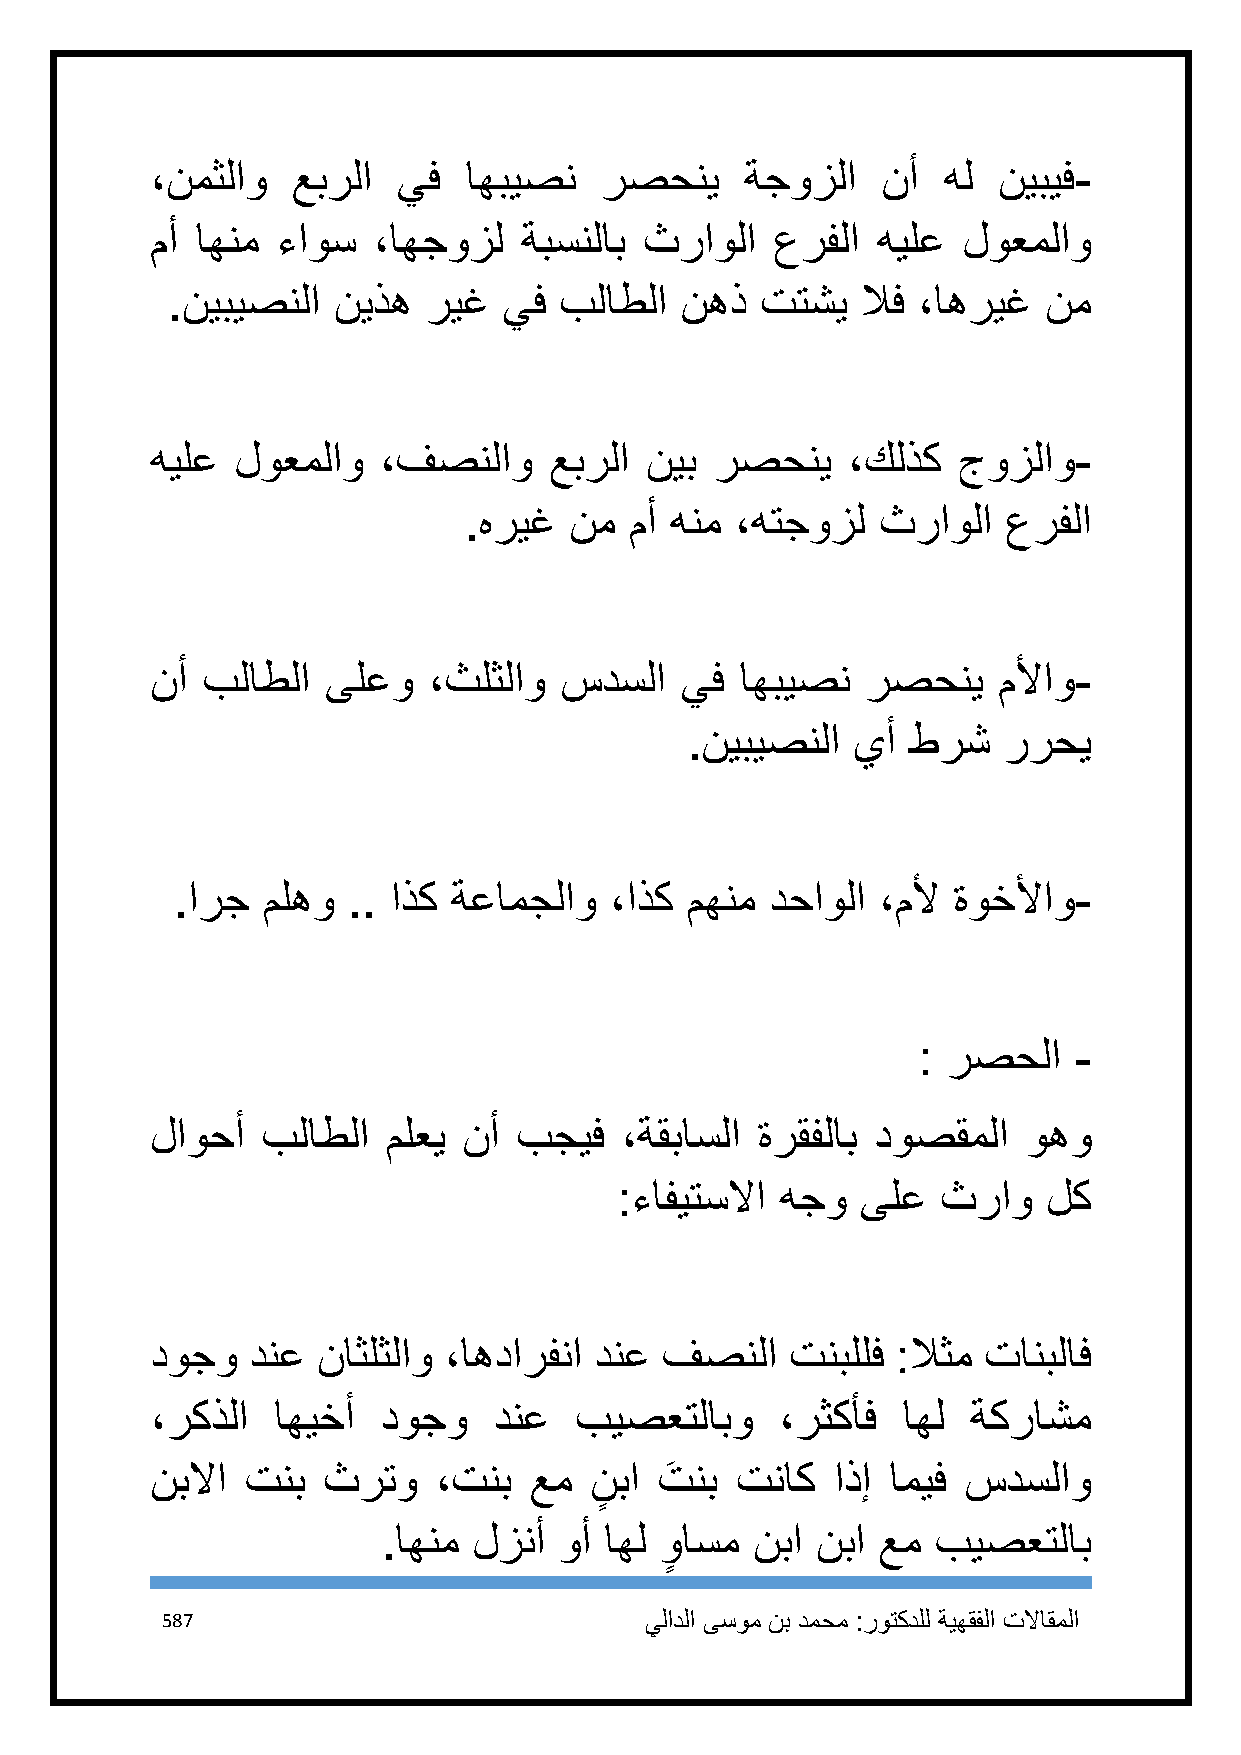
،نمثلاو  عبرلا  يف   اهبيصن   رصحني    ةجوزلا   نأ  هل  نيبيف-
 مأ اهنم ءاوس   ،اهجوزل   ةبسنلاب ثراولا  عرفلا  هيلع  لوعملاو
 .نيبيصنلا  نيذه  ريغ  يف  بلاطلا  نهذ  تتشي   لاف ،اهريغ  نم
 هيلع  لوعملاو  ،فصنلاو    عبرلا  نيب رصحني    ،كلذك  جوزلاو-
 .هريغ  نم  مأ هنم ،هتجوزل  ثراولا   عرفلا
 نأ بلاطلا   ىلعو  ،ثلثلاو  سدسلا   يف  اهبيصن  رصحني    ملأاو-
 .نيبيصنلا  يأ  طرش   ررحي
 .ارج ملهو  .. اذك ةعامجلاو  ،اذك مهنم  دحاولا ،ملأ ةوخلأاو-
 : رصحلا   -
 لاوحأ  بلاطلا   ملعي نأ بجيف   ،ةقباسلا ةرقفلاب دوصقملا   وهو
 :ءافيتسلاا هجو  ىلع  ثراو   لك
 دوجو   دنع ناثلثلاو ،اهدارفنا دنع فصنلا   تنبللف :لاثم تانبلاف
 ،ركذلا  اهيخأ  دوجو    دنع  بيصعتلابو     ،رثكأف  اهل ةكراشم
 نبلاا تنب  ثرتو    ،تنب  عم  ن
 ٍ
 با تَ نب تناك اذإ اميف سدسلاو
 .اهنم لزنأ  وأ اهل واسم  نبا نبا عم  بيصعتلاب
 ٍ
 587                             يلادلا ىسوم نب دمحم :روتكدلل ةيهقفلا تلااقملا